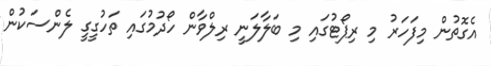
އެގޮތުން މިފަހަރު މި ރިޕޯޓުގައި މި ބަލާލަނީ ރިލްވާން ހޯދުމުގައި ތަހުގީގީ ލެންސަކުން